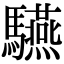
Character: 驠